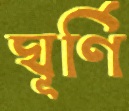
ঘূর্ণি